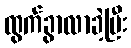
ထွက်ခွာလာခဲ့ပြီး